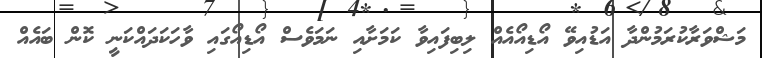
މަޝްވަރާކުރަމުންދާ އަޑުއިވޭ އޯޑިއޯއެއް ލިބިފައިވާ ކަމަށާއި ނަމަވެސް އޯޑިއޯގައި ވާހަކަދައްކަނީ ކޮން ބައެއް